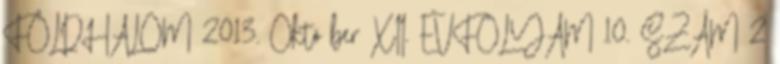
FÖLDHALOM 2013. Októ ber XII. ÉVFOLYAM 10. SZÁM 2